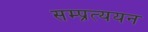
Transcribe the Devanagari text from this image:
सम्प्रत्ययन